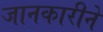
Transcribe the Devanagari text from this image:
जानकारीने